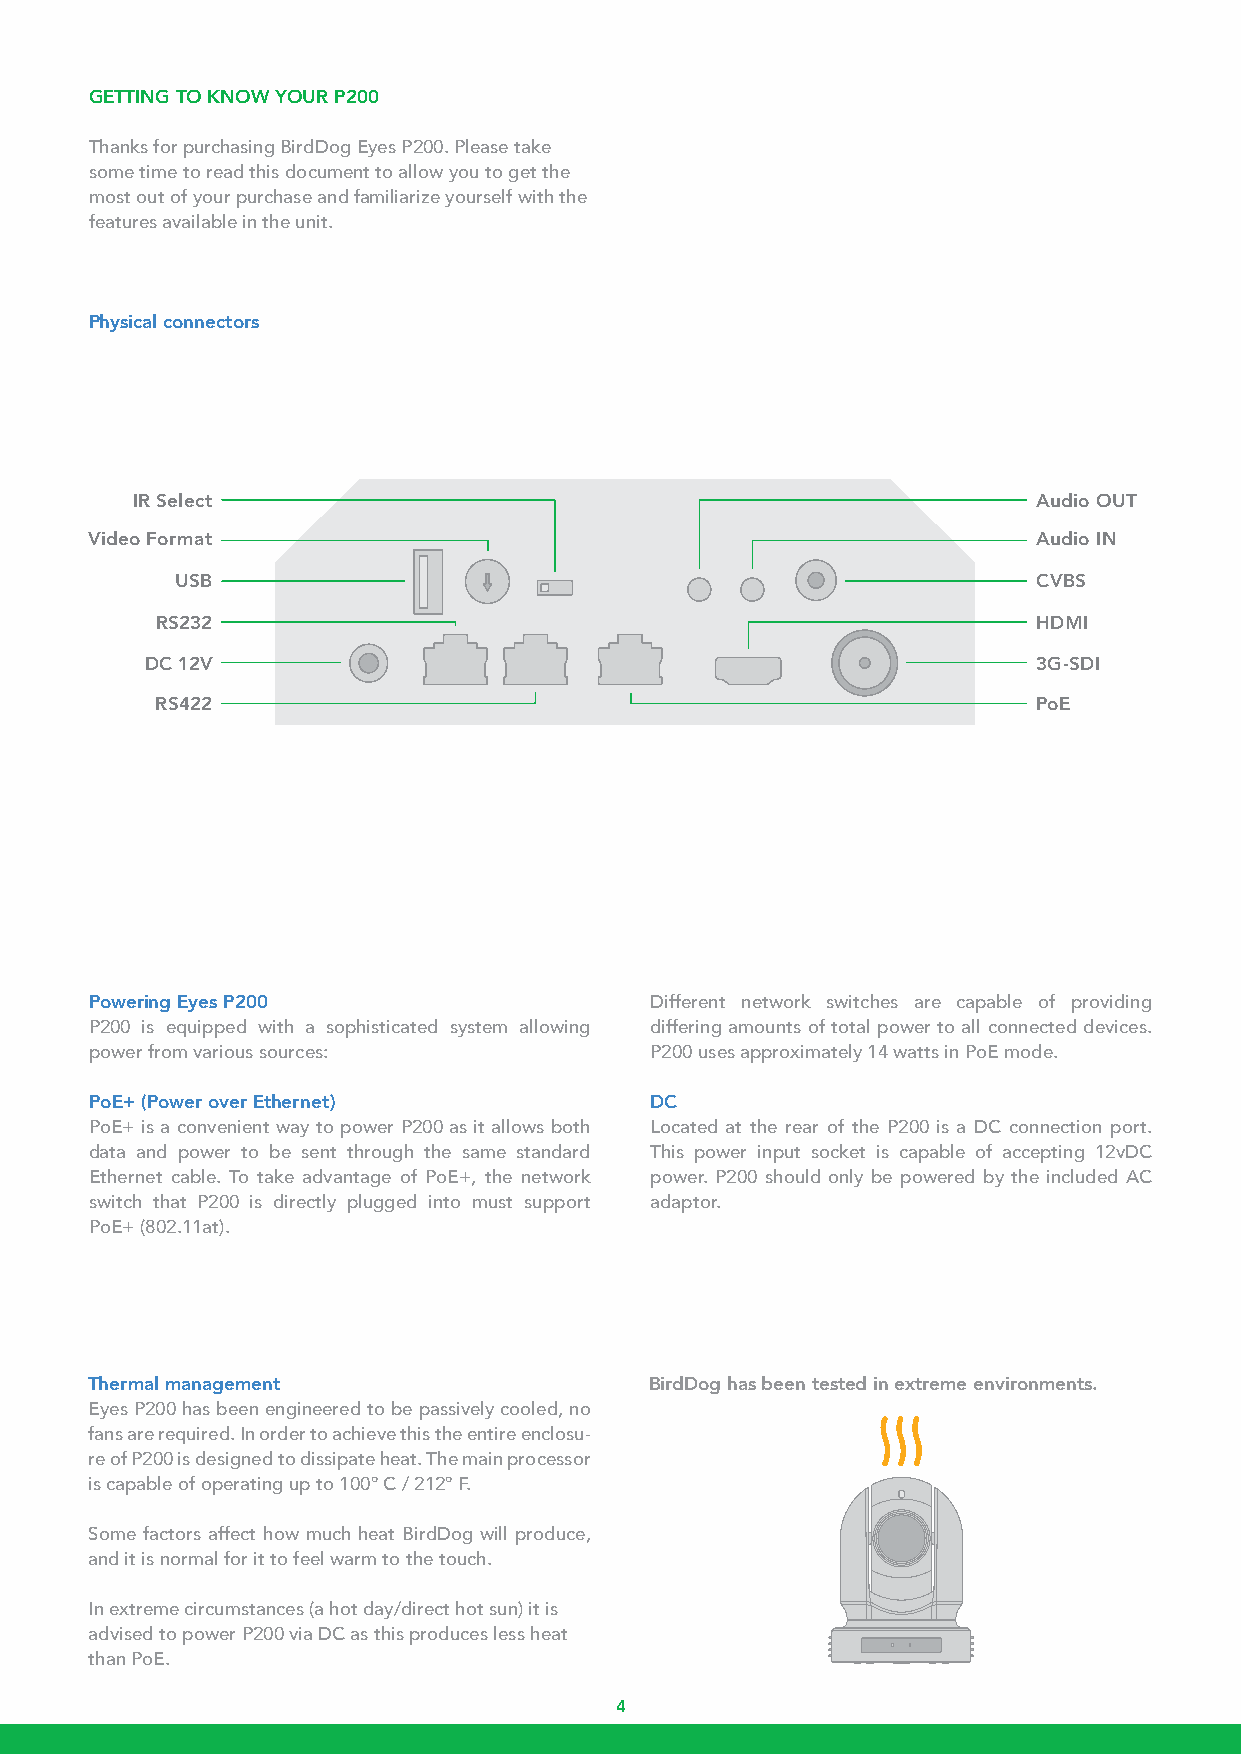
GETTING TO KNOW YOUR P200
 Thanks for purchasing BirdDog Eyes P200. Please take
 some time to read this document to allow you to get the
 most out of your purchase and familiarize yourself with the
 features available in the unit.
 Physical connectors
 IR Select                                                   Audio OUT
 Video Format                                                   Audio IN
 USB                                                      CVBS
 RS232                                                      HDMI
 DC 12V                                                     3G-SDI
 RS422                                                      PoE
 Powering Eyes P200                   Different network switches are capable of providing
 P200 is equipped with a sophisticated system allowing differing amounts of total power to all connected devices.
 power from various sources:          P200 uses approximately 14 watts in PoE mode.
 PoE+ (Power over Ethernet)           DC
 PoE+ is a convenient way to power P200 as it allows both Located at the rear of the P200 is a DC connection port.
 data and power to be sent through the same standard This power input socket is capable of accepting 12vDC
 Ethernet cable. To take advantage of PoE+, the network power. P200 should only be powered by the included AC
 switch that P200 is directly plugged into must support adaptor.
 PoE+ (802.11at).
 Thermal management                   BirdDog has been tested in extreme environments.
 Eyes P200 has been engineered to be passively cooled, no
 fans are required. In order to achieve this the entire enclosu-
 re of P200 is designed to dissipate heat. The main processor
 is capable of operating up to 100º C / 212º F.
 Some factors affect how much heat BirdDog will produce,
 and it is normal for it to feel warm to the touch.
 In extreme circumstances (a hot day/direct hot sun) it is
 advised to power P200 via DC as this produces less heat
 than PoE.
 4